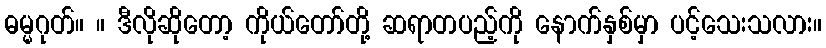
ဓမ္မဂုတ်။ ။ ဒီလိုဆိုတော့ ကိုယ်တော်တို့ ဆရာတပည့်ကို နောက်နှစ်မှာ ပင့်သေးသလား။